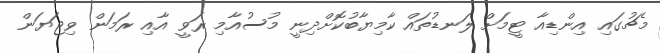
މެޗުގައި އިންޑިއާ ޓީމަށް ލަނޑުތައް ކާމިޔާބުކޮށްދިނީ މުސުއާމި ރަވީ އާއި ރަމަން ވިޖަޔަން